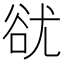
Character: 㞃